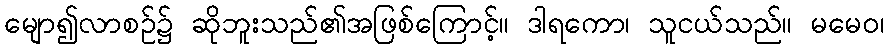
မျော၍လာစဉ်၌ ဆိုဘူးသည်၏အဖြစ်ကြောင့်။ ဒါရကော၊ သူငယ်သည်။ မမေဝ၊